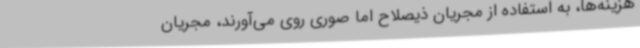
هزینه‌ها، به استفاده از مجریان ذیصلاح اما صوری روی می‌آورند، مجریان